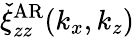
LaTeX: \check{\xi}_{zz}^{\mathrm{AR}}(k_{x},k_{z})